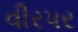
વીરપર